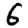
Digit: 6